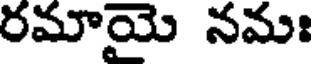
రమాయై నమః